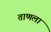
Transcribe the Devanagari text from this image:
ताणला